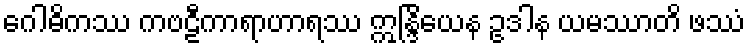
ဂေါဓိကဿ ကဗဠီကာရာဟာရဿ ဣန္ဒြိယေန ဥဒါန ယမဿာတိ ဖဿံ